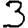
Digit: 3